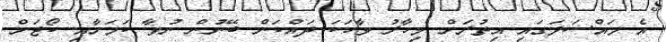
އެ މައްސަލަގައި އިތުރަށް މިހާރު ވާހަކަ ދައްކަން ބޭނުން ނުވާ ކަމަށާއި ކޯޓަށް